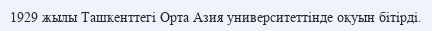
1929 жылы Ташкенттегі Орта Азия университеттінде оқуын бітірді.